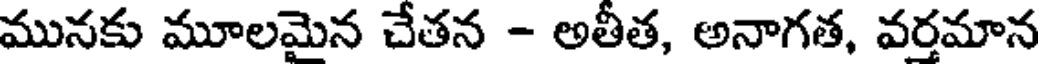
మునకు మూలమైన చేతన - అతీత, అనాగత, వర్తమాన